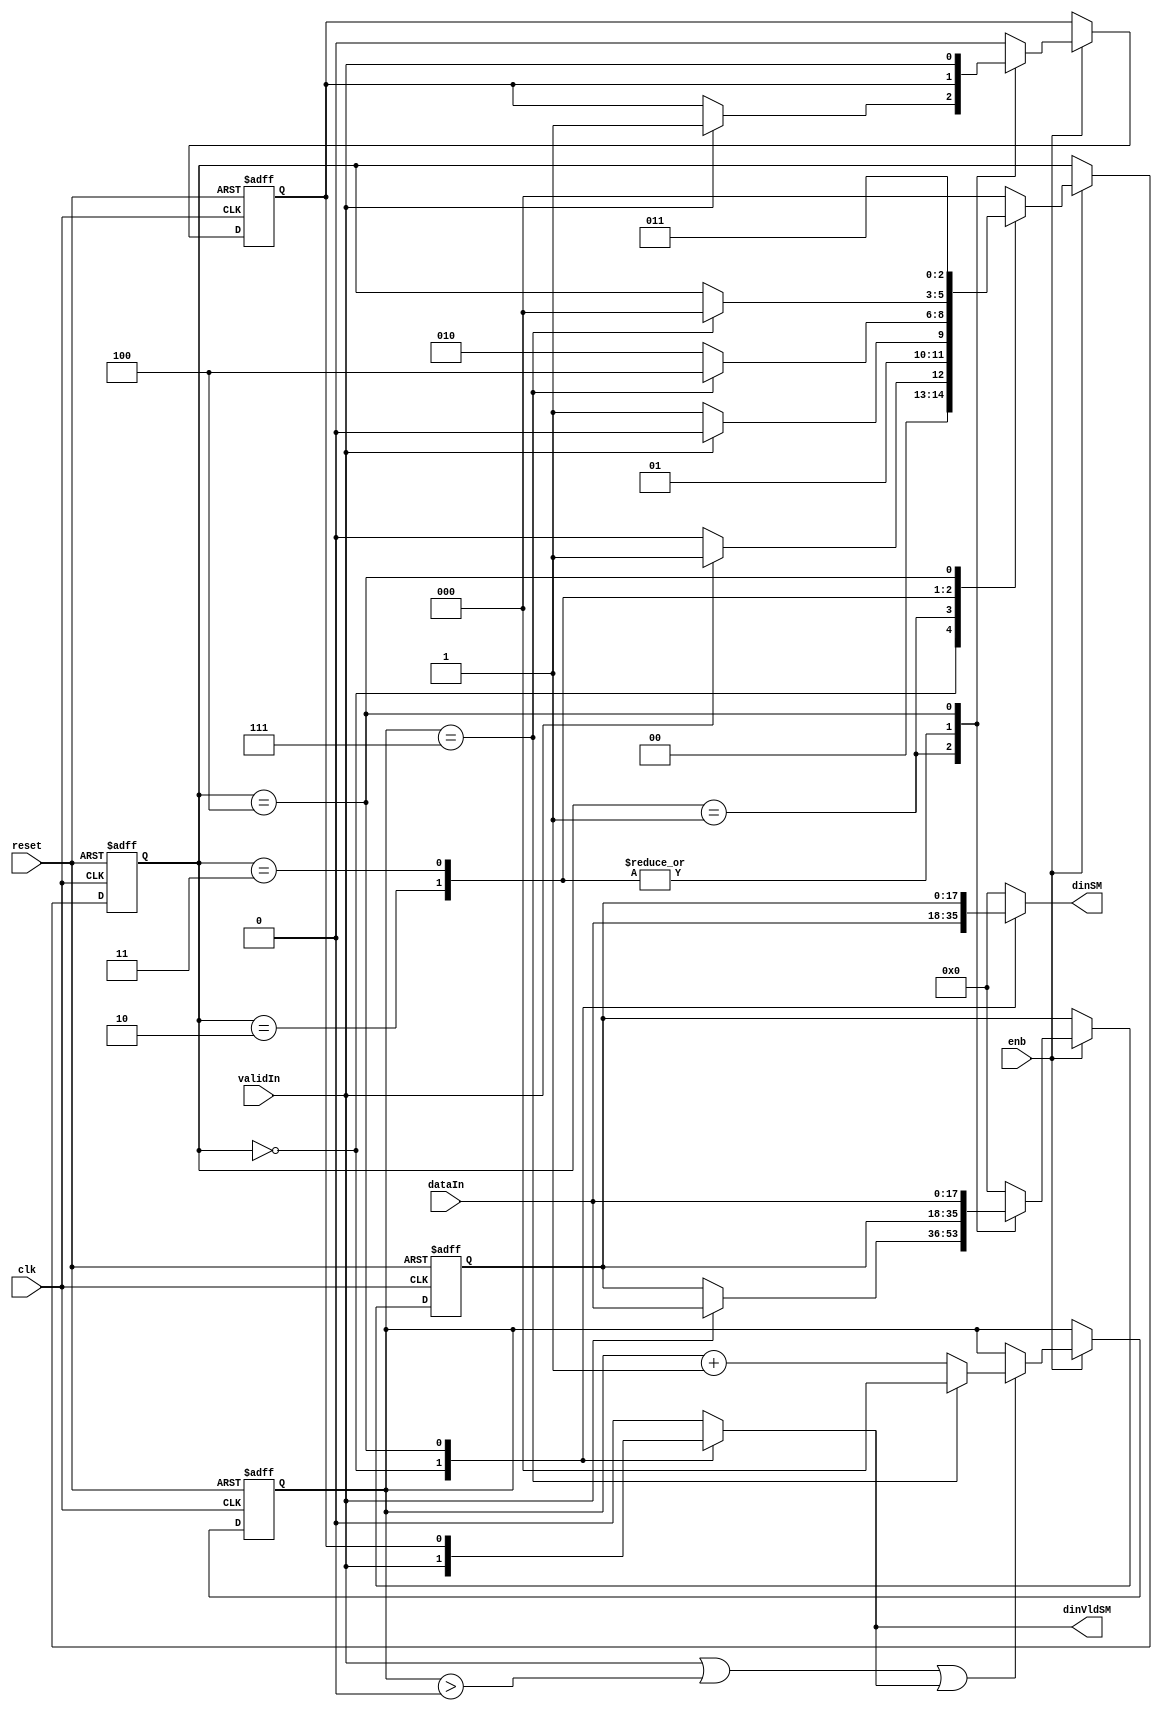
// -------------------------------------------------------------
// 
// 
// Generated by MATLAB 9.13 and HDL Coder 4.0
// 
// -------------------------------------------------------------


// -------------------------------------------------------------
// 
// Module: FirRdyLogic_block1
// Source Path: DUCforLTEHDL/HDL_DUC/Halfband Interpolator/DUCforLTEHDL/HDL_DUC/Halfband Interpolator/FIRFilter1/FirRdyLogic
// Hierarchy Level: 3
// 
// -------------------------------------------------------------

`timescale 1 ns / 1 ns

module FirRdyLogic_block1
          (clk,
           reset,
           enb,
           dataIn,
           validIn,
           dinSM,
           dinVldSM);


  input   clk;
  input   reset;
  input   enb;
  input   signed [17:0] dataIn;  // sfix18_En14
  input   validIn;
  output  signed [17:0] dinSM;  // sfix18_En14
  output  dinVldSM;


  wire syncReset;
  reg signed [17:0] firRdy_xdin;  // sfix18
  reg  firRdy_xdinVld;
  reg [2:0] firRdy_state;  // ufix3
  reg  firRdy_readyReg;
  reg [2:0] firRdy_count;  // ufix3
  reg signed [17:0] firRdy_xdin_next;  // sfix18_En14
  reg  firRdy_xdinVld_next;
  reg [2:0] firRdy_state_next;  // ufix3
  reg  firRdy_readyReg_next;
  reg [2:0] firRdy_count_next;  // ufix3
  reg  readySM;
  reg signed [17:0] dinSM_1;  // sfix18_En14
  reg  dinVldSM_1;
  reg  firRdy_out2_0;
  reg [2:0] firRdy_count_temp;  // ufix3


  assign syncReset = 1'b0;



  // rdyLogic
  always @(posedge clk or posedge reset)
    begin : firRdy_process
      if (reset == 1'b1) begin
        firRdy_state <= 3'b000;
        firRdy_xdin <= 18'sb000000000000000000;
        firRdy_xdinVld <= 1'b0;
        firRdy_readyReg <= 1'b1;
        firRdy_count <= 3'b000;
      end
      else begin
        if (enb) begin
          firRdy_xdin <= firRdy_xdin_next;
          firRdy_xdinVld <= firRdy_xdinVld_next;
          firRdy_state <= firRdy_state_next;
          firRdy_readyReg <= firRdy_readyReg_next;
          firRdy_count <= firRdy_count_next;
        end
      end
    end

  always @(dataIn, firRdy_count, firRdy_readyReg, firRdy_state, firRdy_xdin,
       firRdy_xdinVld, syncReset, validIn) begin
    firRdy_count_temp = firRdy_count;
    firRdy_xdin_next = firRdy_xdin;
    firRdy_xdinVld_next = firRdy_xdinVld;
    firRdy_state_next = firRdy_state;
    firRdy_readyReg_next = firRdy_readyReg;
    if ( ! syncReset) begin
      case ( firRdy_state)
        3'b000 :
          begin
            dinSM_1 = dataIn;
            firRdy_out2_0 = validIn;
            firRdy_state_next = 3'b000;
            firRdy_readyReg_next = 1'b1;
            firRdy_xdin_next = 18'sb000000000000000000;
            firRdy_xdinVld_next = 1'b0;
            if (validIn) begin
              firRdy_state_next = 3'b001;
              firRdy_readyReg_next = 1'b0;
            end
          end
        3'b001 :
          begin
            dinSM_1 = 18'sb000000000000000000;
            firRdy_out2_0 = 1'b0;
            firRdy_state_next = 3'b011;
            if (validIn) begin
              firRdy_state_next = 3'b010;
              firRdy_xdin_next = dataIn;
              firRdy_xdinVld_next = 1'b1;
            end
          end
        3'b010 :
          begin
            dinSM_1 = 18'sb000000000000000000;
            firRdy_out2_0 = 1'b0;
            firRdy_state_next = 3'b010;
            if (firRdy_count == 3'b111) begin
              firRdy_state_next = 3'b100;
            end
            firRdy_readyReg_next = 1'b0;
          end
        3'b011 :
          begin
            if (firRdy_count == 3'b111) begin
              firRdy_readyReg_next = 1'b1;
              firRdy_state_next = 3'b000;
            end
            dinSM_1 = 18'sb000000000000000000;
            firRdy_out2_0 = 1'b0;
          end
        3'b100 :
          begin
            firRdy_state_next = 3'b011;
            dinSM_1 = firRdy_xdin;
            firRdy_out2_0 = firRdy_xdinVld;
            firRdy_xdin_next = dataIn;
            firRdy_xdinVld_next = validIn;
          end
        default :
          begin
            dinSM_1 = 18'sb000000000000000000;
            firRdy_out2_0 = 1'b0;
            firRdy_state_next = 3'b000;
            firRdy_xdin_next = 18'sb000000000000000000;
            firRdy_xdinVld_next = 1'b0;
            firRdy_readyReg_next = 1'b1;
          end
      endcase
    end
    else begin
      firRdy_state_next = 3'b000;
      firRdy_xdin_next = 18'sb000000000000000000;
      firRdy_xdinVld_next = 1'b0;
      firRdy_readyReg_next = 1'b0;
      firRdy_count_temp = 3'b000;
      firRdy_out2_0 = 1'b0;
      dinSM_1 = dataIn;
    end
    if ((validIn || (firRdy_count_temp > 3'b000)) || firRdy_out2_0) begin
      if (firRdy_count_temp == 3'b111) begin
        firRdy_count_temp = 3'b000;
      end
      else begin
        firRdy_count_temp = firRdy_count_temp + 3'b001;
      end
    end
    readySM = firRdy_readyReg;
    dinVldSM_1 = firRdy_out2_0;
    firRdy_count_next = firRdy_count_temp;
  end



  assign dinSM = dinSM_1;

  assign dinVldSM = dinVldSM_1;

endmodule  // FirRdyLogic_block1